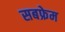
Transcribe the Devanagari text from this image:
सबफ्रेम